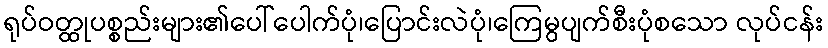
ရုပ်ဝတ္ထုပစ္စည်းများ၏ပေါ်ပေါက်ပုံ၊ပြောင်းလဲပုံ၊ကြေမွပျက်စီးပုံစသော လုပ်ငန်း